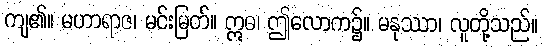
ကျ၏။ မဟာရာဇ၊ မင်းမြတ်။ ဣဓ၊ ဤလောက၌။ မနုဿာ၊ လူတို့သည်။